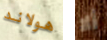
هولاند ألا